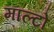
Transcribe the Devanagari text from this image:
माल्टो